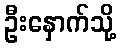
ဦးနှောက်သို့